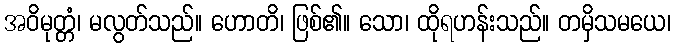
အဝိမုတ္တံ၊ မလွတ်သည်။ ဟောတိ၊ ဖြစ်၏။ သော၊ ထိုရဟန်းသည်။ တမှိသမယေ၊